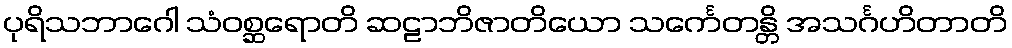
ပုရိသဘာဂေါ သံဝစ္ဆရောတိ ဆဠာဘိဇာတိယော သင်္ကေတန္တိ အသင်္ဂဟိတာတိ